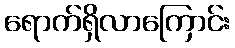
ရောက်ရှိလာကြောင်း